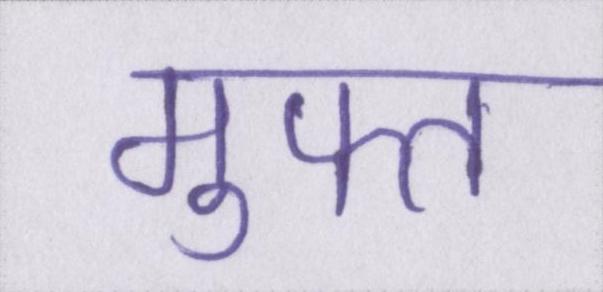
मुफ्त